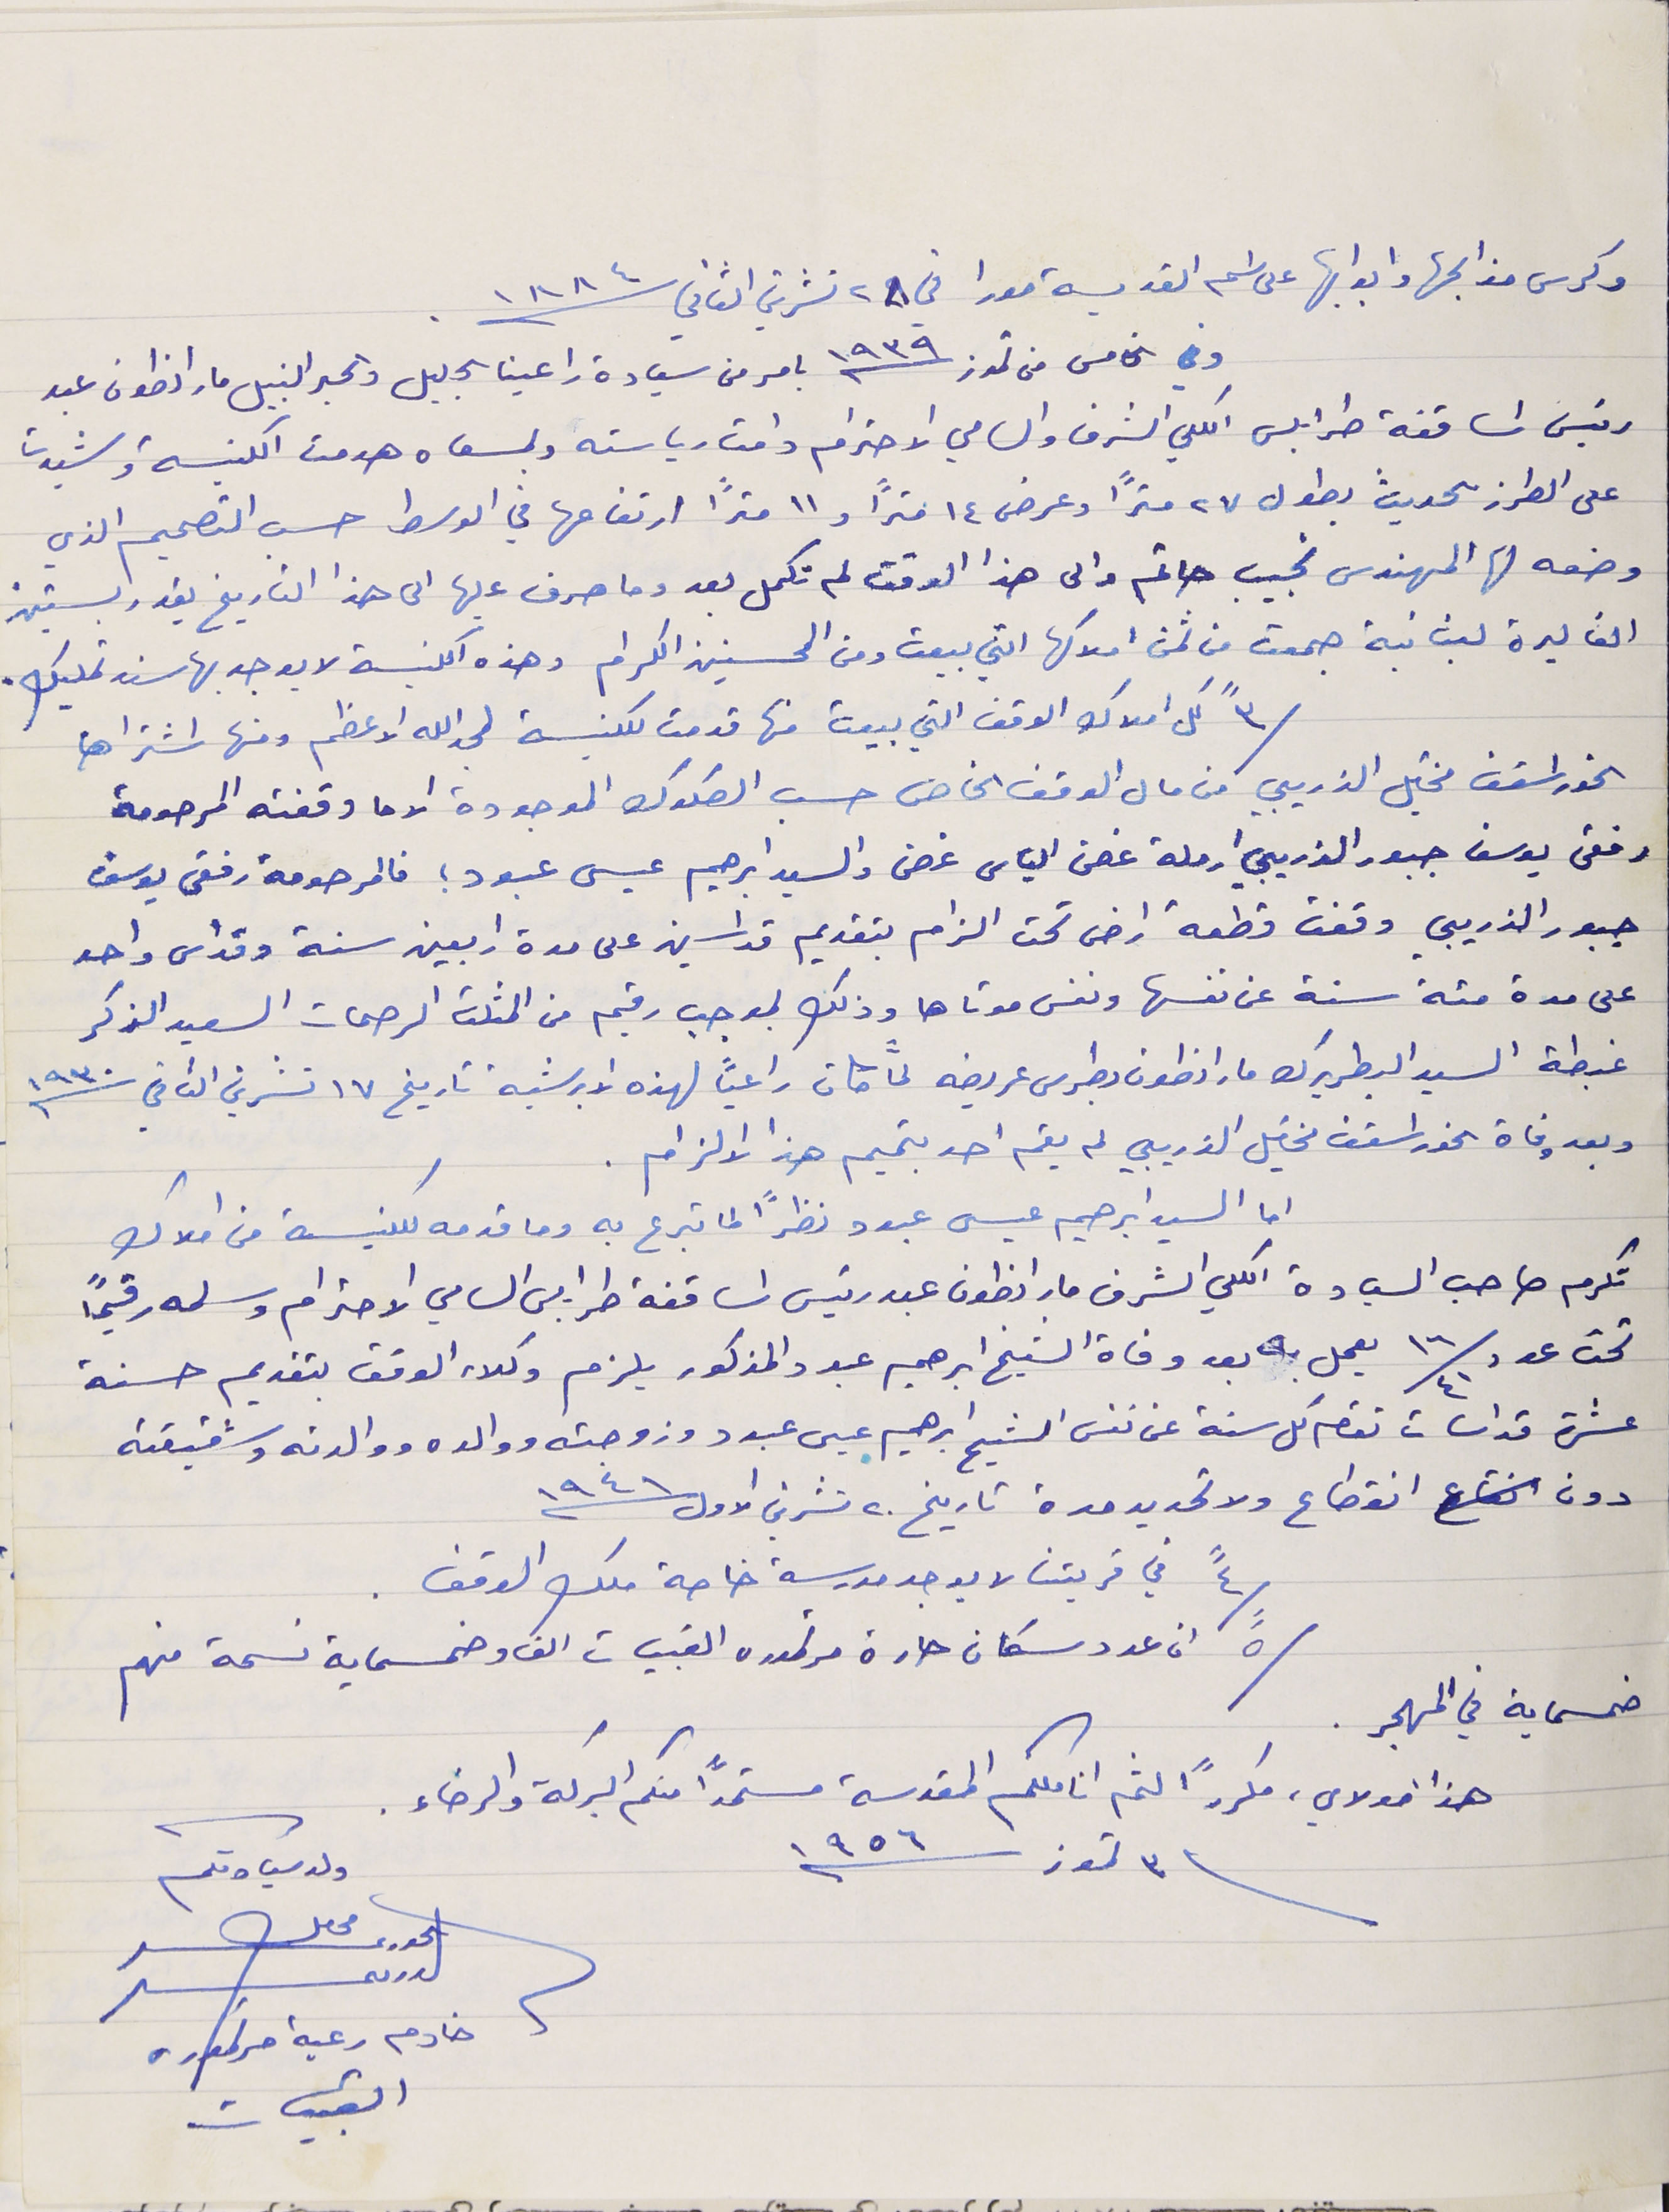
وكرس مذابحها وابوابها على اسم القديسة مورا في ٢٨ تشرين الثاني سنة ١٨٨٤ .
وفي الخامس من تموز سنة ١٩٣٩ بامر من سَيادة راعينا الجليل والحبر النبيل مار انطون عبد
رئيس اساقفة طرابلس الكلي الشرف والسامي الاحترام دامت رياسته وبمسعاه هدمت الكنيسة وشيدت
على الطرز الحديث بطول ٢٧ مترًا وعرض ١٤ مترًا و١١ مترًا ارتفاعها في الوسط حسب التصميم الذي
وضعه لها المهندس نجيب حاتم والى هذا الوقت لم تكمل بعد وما صرف عليها الى هذا التاريخ يقدر بستين
الف ليرة لبنانية جمعت من ثمن املاكها التي بيعت ومن المحسنين الكرام وهذه الكنيسة لا يوجد بها سند تمليك.
/٣" كل املاك الوقف التي بيعت منها قدمت للكنيسة لمجدالله الاعظم ومنها اشتراها
الخوراسقف مخايل الذريبي من مال الوقف الخاص حسب الصكوك الموجودة الا ما وقفته المرحومة
رفقى يوسف جبور الذريبي ارملة غصن الياس غصن والسيد ابرهيم عيسى عبود ؛ فالمرحومة رفقى يوسف
جبور الذريبي وقفت قطعة ارض تحت الزام بتقديم قداسين على مدة اربعين سنة وقداس واحد
على مدة مئة سنة عن نفسها ونفس موتاها وذلك بموجب رقيم من المثلث الرحمات السعيد الذكر
غبطة السيد البطريرك مار انطون بطرس عريضه لمَّا كان راعيًا لهذه الابرشية تاريخ ١٧ تشرين الثاني سنة ١٩٣٠
وبعد وفاة الخوراسقف مخايل الذريبي لم يقم احد بتميم هذا الالزام .
اما السيد ابرهيم عيسى عبود نظرًا لما تبرع به وما قدمه للكنيسة من املاك
تكرم صاحب السيادة الكلي الشرف مار انطون عبد رئيس اساقفة طرابلس السامي الاحترام وسلمه رقيماً
تحت عدد ١٦/٤١ يعمل به بعد وفاة الشيخ ابرهيم عبود المذكور يلزم وكلاء الوقف بتقديم حسنة
عشرة قداسات تقام كل سنة عن نفس الشيخ ابراهيم عيسى عبود وزوجته ووالده ووالدته وشقيقته
دون انقطاع ولا تحديد مدة تاريخ ٢٠ تشرين الاول سنة ١٩٤١
/٤"في قريتنا لا يوجد مدرسة خاصة ملك الوقف .

خمسماية في المهجر.
ولد سيادتكم محاىل الحورى الدرىىى
خادم رعية مرتموره القبيات
/٥" ان عدد سكان حارة مرتموره القبيات الف وخمسماية نسمة منهم
فى ٣ تموز سنة ١٩٥٦
هذا مولاي، مكررًا لثم اناملكم المقدسة مستمداً منكم البركة والرخاء .